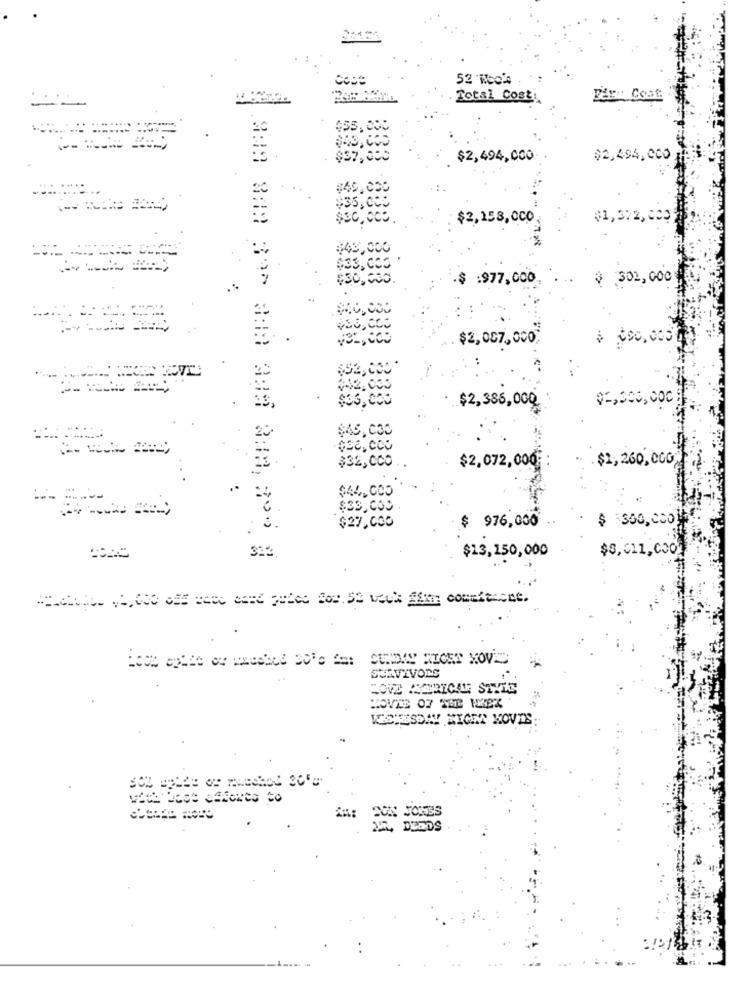
Coce
52 Woch
..
Total Cost.
Fig Cost
--
$43.000
$2,494,000
$2,494.000
20
$40.000
$35,000
$30,000 .
$2,158,000
$43,000
$33,000 .
$50,000.
$ :977,000
₹ 302,000
$2,007,000;
(92,000*
(42,005
$36.000
$2,386,000
02,000,000
$45.000
$se,000
$32,000
$2,072,000 :
$2,260,000
$44.000
$33,009
$ 360,000
$27,000
976,000
312
$13,150,000
$5, 011,000
=== C:00 10,00 SIE we were pele 101.50 veck Sian commitment.
SCAVIVORS
WESTESSAY NIGER KOVES:
DEODS